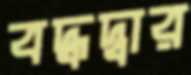
বদ্ধদ্বার